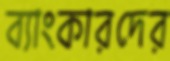
ব্যাংকারদের